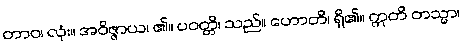
တာဝ၊ လုံး။ အဝိဇ္ဇာယ၊ ၏။ ပဝတ္တိ၊ သည်။ ဟောတိ၊ ရှိ၏။ ဣတိ တသ္မာ၊